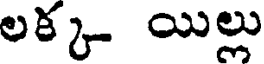
లక్క యిల్లు